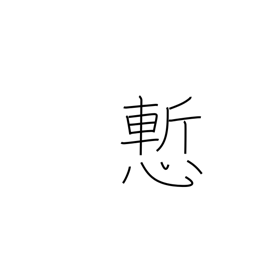
Meaning: ashamed